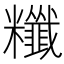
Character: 䊱